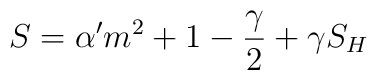
S=\alpha ^{\prime }{\sl m}^2+1-\frac \gamma 2+\gamma S_H